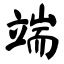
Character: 端